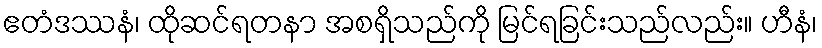
ဧတံဒဿနံ၊ ထိုဆင်ရတနာ အစရှိသည်ကို မြင်ရခြင်းသည်လည်း။ ဟီနံ၊